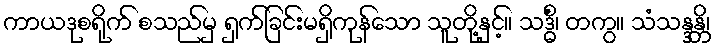
ကာယဒုစရိုက် စသည်မှ ရှက်ခြင်းမရှိကုန်သော သူတို့နှင့်။ သဒ္ဓိံ၊ တကွ။ သံသန္ဒန္တိ၊